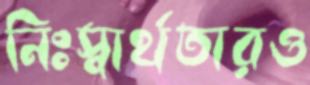
নিঃস্বার্থতারও